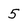
Character: 5